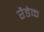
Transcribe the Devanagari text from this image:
रैडेक